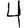
Digit: 4